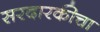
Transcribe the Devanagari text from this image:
सरदारकीचा